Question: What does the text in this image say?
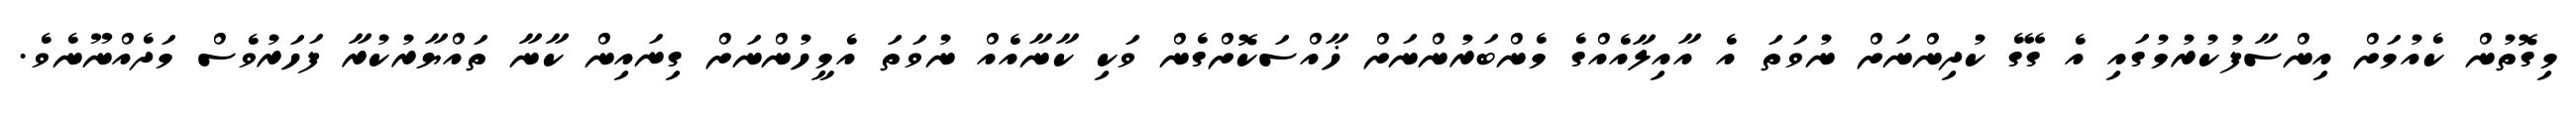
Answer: މިގޮތުން ކެއުމަށް އިންސާފުކުރުމުގައި އެ ގޭގެ ކުދިންނަށް ނުވަތަ އެ އާއިލާއެއްގެ މެންބަރުންނަށް ޚާއްސަކޮށްގެން ވަކި ކާނާއެއް ނުވަތަ އެމީހުންނަށް ގިނައިން ކާނާ ތައްޔާރުކުރާ ފަހަރުވެސް މަދެއްނޫނެވެ.